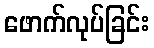
ဖောက်လုပ်ခြင်း